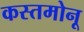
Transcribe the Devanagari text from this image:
कस्तमोनू